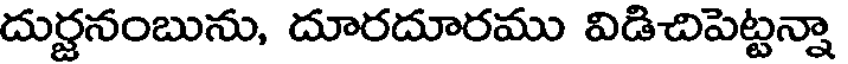
దుర్జనంబును, దూరదూరము విడిచిపెట్టన్నా